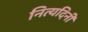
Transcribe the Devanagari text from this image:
नित्यदिनी